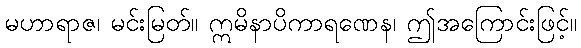
မဟာရာဇ၊ မင်းမြတ်။ ဣမိနာပိကာရဏေန၊ ဤအကြောင်းဖြင့်။